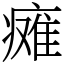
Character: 瘫